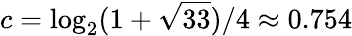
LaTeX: c=\log_{2}(1+{\sqrt{33}})/4\approx 0.754